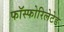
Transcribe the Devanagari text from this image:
फॉस्फोरिलेटेड